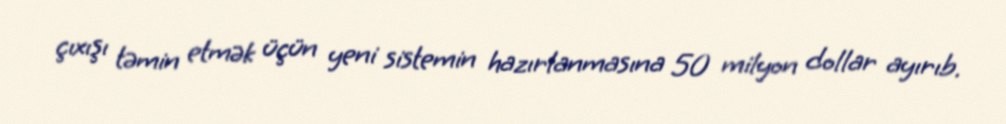
çıxışı təmin etmək üçün yeni sistemin hazırlanmasına 50 milyon dollar ayırıb.